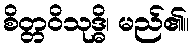
စိတ္တဝိသုဒ္ဓိ၊ မည်၏။